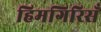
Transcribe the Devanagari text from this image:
हिमगिरिसँ